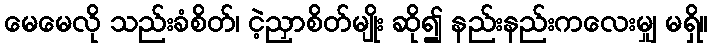
မေမေလို သည်းခံစိတ်၊ ငဲ့ညှာစိတ်မျိုး ဆို၍ နည်းနည်းကလေးမျှ မရှိ။